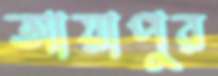
আয়াপুর